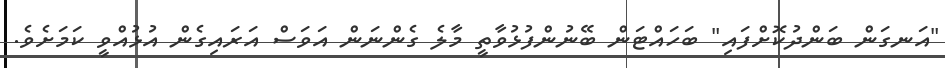
"އަނގަން ބަންދުކޮށްފައި" ބަހައްޓަން ބޭނުންފުޅުވާތީ މާލެ ގެންނަން އަވަސް އަރައިގެން އުޅުއްވީ ކަމަށެވެ.